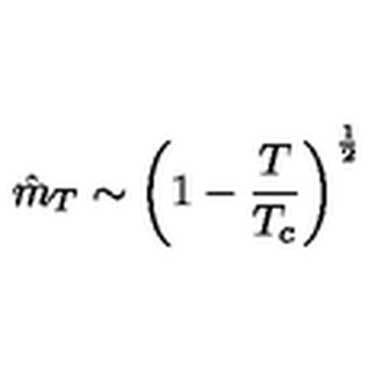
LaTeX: \hat { m } _ { T } \sim \left( 1 - \frac { T } { T _ { c } } \right) ^ { \frac { 1 } { 2 } }